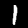
Digit: 1